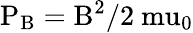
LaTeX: \mathrm{P_{B}=B^{2}/2\ mu_{0}}